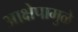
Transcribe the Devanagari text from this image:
आक्षेपामुळे